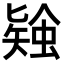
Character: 𧎃